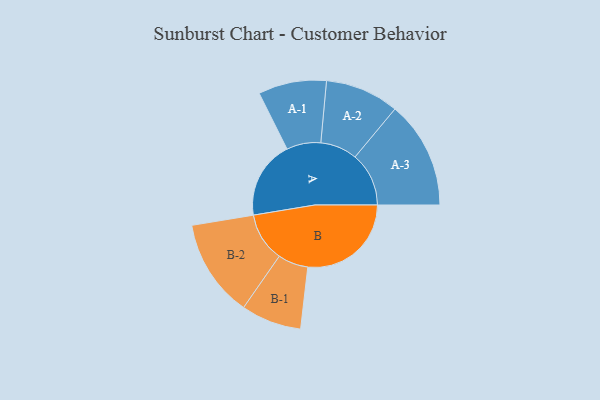
{"axis": {"x": "Segment", "y": "Value"}, "legend": ["", "A", "B"], "data": [{"x": "A", "y": 361, "type": ""}, {"x": "B", "y": 479, "type": ""}, {"x": "A-1", "y": 158, "type": "A"}, {"x": "A-2", "y": 171, "type": "A"}, {"x": "A-3", "y": 249, "type": "A"}, {"x": "B-1", "y": 140, "type": "B"}, {"x": "B-2", "y": 227, "type": "B"}]}